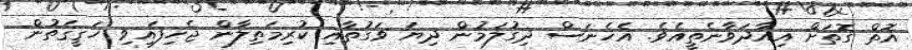
އޮތް ގޮތަށް އިއާދަވާނެތީއެވެ. އެހެނަސް ދިގުލަމުން ދިޔަ ވަގުތާއި ކުރިމަތިލާން ޖެހިފައިވި ހަޤީޤަތުން